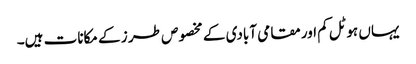
یہاں ہوٹل کم اور مقامی آبادی کے مخصوص طر ز کے مکانات ہیں۔